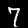
Digit: 7